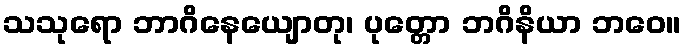
သသုရော ဘာဂိနေယျောတု၊ ပုတ္တော ဘဂိနိယာ ဘဝေ။